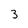
Character: 3